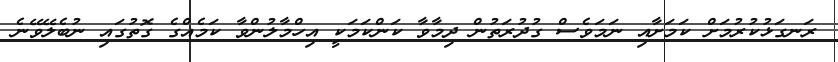
ރަނގަޅުކުރުމަށް ކަމަށާއި ނަމަވެސް ގުދުރަތުން ދިމާވާ ކަންކަމަކީ އިހްމާލުންވާ ކަމެއްގެ ގޮތުގައި ނުބެލޭވޭނެ